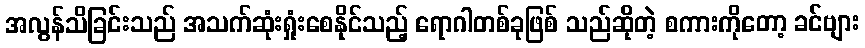
အလွန်သိခြင်းသည် အသက်ဆုံးရှုံးစေနိုင်သည့် ရောဂါတစ်ခုဖြစ် သည်ဆိုတဲ့ စကားကိုတော့ ခင်ဗျား